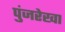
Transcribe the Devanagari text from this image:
पुंजरेखा